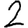
Digit: 2